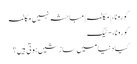
کورونا، | مکالمہ | مباحثہ نہیں مکالمہ
کورونا، - ٹیگ
کیا دنیا میں سازشیں ہوتی ہیں؟